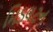
મિડલટન